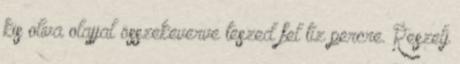
kis olíva olajjal összekeverve teszed fel tíz percre. Reszelj